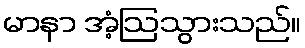
မာနာ အံ့ဩသွားသည်။